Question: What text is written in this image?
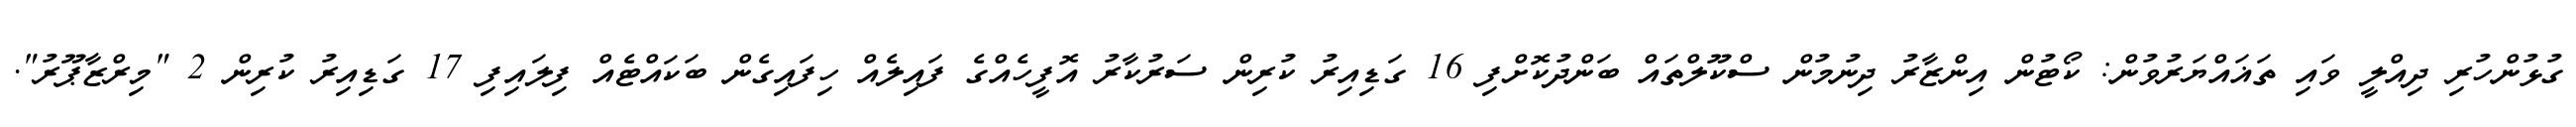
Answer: ގުޅުންހުރި ދިއްލީ ވައި ތަޣައްޔަރުވުން: ކޯޓުން އިންޒާރު ދިނުމުން ސްކޫލްތައް ބަންދުކޮށްފި 16 ގަޑިއިރު ކުރިން ސަރުކާރު އޮފީހެއްގެ ފައިލެއް ހިފައިގެން ބަކައްޓެއް ފިލައިފި 17 ގަޑިއިރު ކުރިން 2 "މިރްޒާޕޫރު".